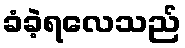
ခံခဲ့ရလေသည်